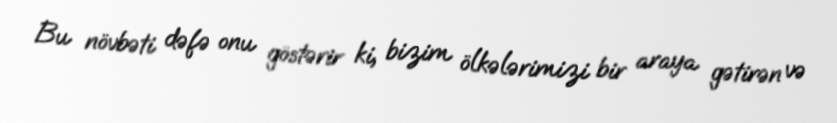
Bu növbəti dəfə onu göstərir ki, bizim ölkələrimizi bir araya gətirən və